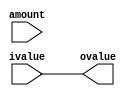
module LeftShift(
	ovalue,
	ivalue,
	amount
);
	
	parameter	LOGWORD=0;
	localparam	WORD=(1<<LOGWORD);
	
	output		reg			[WORD-1:0]								ovalue;	// shifted value
	input					[WORD-1:0]								ivalue;	// original value
	input					[LOGWORD-1:0]							amount;	// amount by which to shift left
	
				reg			[WORD-1:0]								rank	[LOGWORD+1-1:0];	// intermediate shifts; +1 is aliased to ivalue
	
	always @(*) begin
		rank[LOGWORD]	<=	ivalue;
	end
	
	genvar i;
	genvar j;
	generate
		for(i=0; i<LOGWORD; i=i+1) begin : i_left_shift		// iterates over logarithmically-spaced ranks
			always @(*) begin
				if(amount[i]) begin
					rank[i]	<=	rank[i+1][WORD-1-(1<<i):0] << (1<<i);
				end
				else begin
					rank[i]	<=	rank[i+1];
				end
			end
		end
	endgenerate
	
	always @(*) begin
		ovalue	<=	rank[0];
	end
endmodule